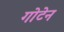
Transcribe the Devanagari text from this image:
गोटेन